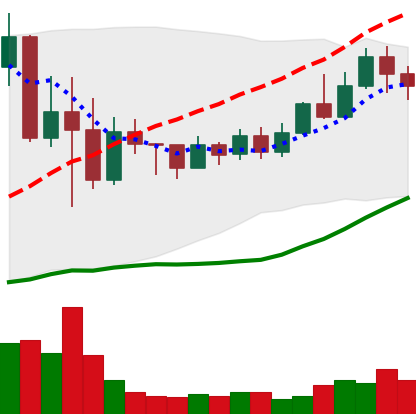
Ticker: TRX-USD
Chart end date: 2022-05-27
Forward return: 3.537%
Label: up_3_5